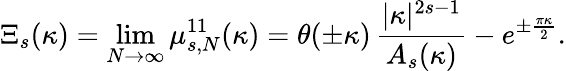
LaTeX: \Xi_{s}(\kappa)=\operatorname*{lim}_{N\to\infty}\mu_{s,N}^{11}(\kappa)=\theta(\pm\kappa)\, \frac{|\kappa|^{2s-1}}{A_{s}(\kappa)}-e^{\pm\frac{\pi\kappa}{2}}.